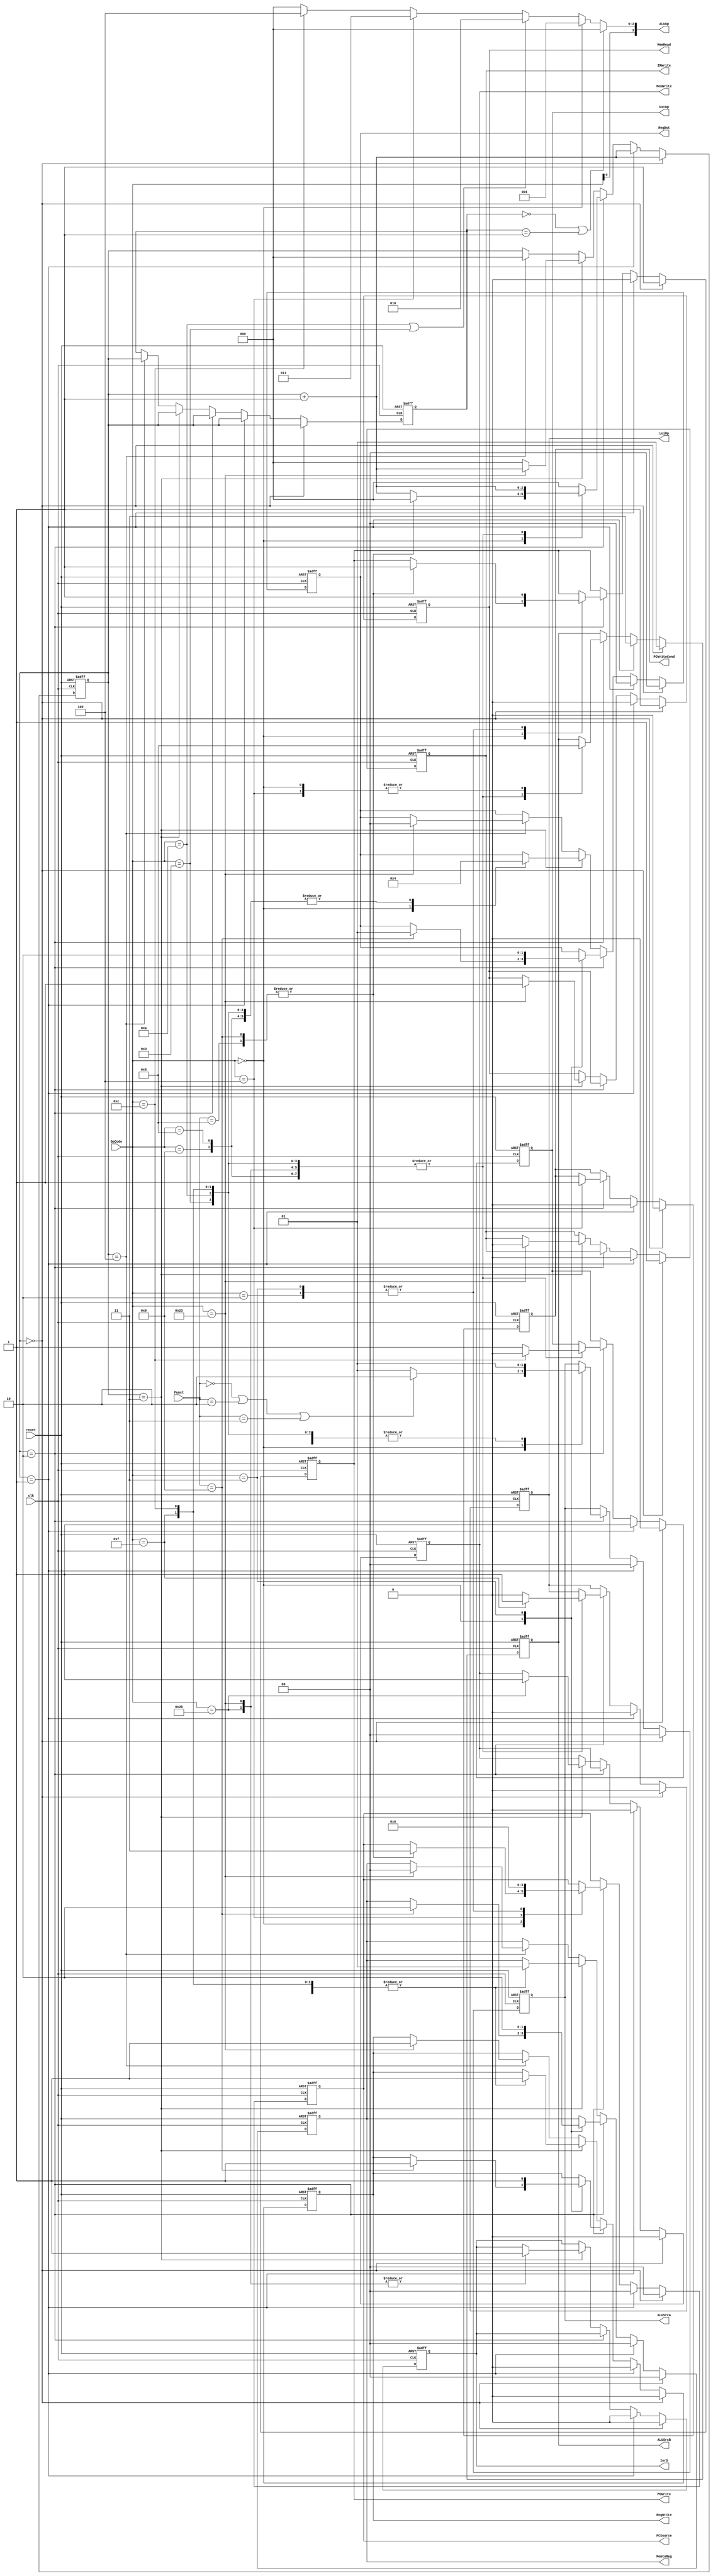
`timescale 1ns / 1ps
//////////////////////////////////////////////////////////////////////////////////
// Class: Fundamentals of Digital Logic and Processor
// Designer: Shulin Zeng, Shang Yang
// 
// Design Name: MultiCycleCPU
// Module Name: Controller
// Project Name: Multi-cycle-cpu
// Target Devices: 
// Tool Versions: 
// Description: 
// 
// Dependencies: 
// 
// Revision:
// Revision 0.01 - File Created
// Additional Comments:
// 
//////////////////////////////////////////////////////////////////////////////////


module Controller(reset, clk, OpCode, Funct, 
                PCWrite, PCWriteCond, IorD, MemWrite, MemRead,
                IRWrite, MemtoReg, RegDst, RegWrite, ExtOp, LuiOp,
                ALUSrcA, ALUSrcB, ALUOp, PCSource);
    //Input Clock Signals
    input reset;
    input clk;
    //Input Signals
    input  [5:0] OpCode;
    input  [5:0] Funct;
    //Output Control Signals
    output reg PCWrite;
    output reg PCWriteCond;
    output reg IorD;
    output reg MemWrite;
    output reg MemRead;
    output reg IRWrite;
    output reg [1:0] MemtoReg;
    output reg [1:0] RegDst;
    output reg RegWrite;
    output reg ExtOp;
    output reg LuiOp;
    output reg [1:0] ALUSrcA;
    output reg [1:0] ALUSrcB;
    output reg [3:0] ALUOp;
    output reg [1:0] PCSource;
      
     reg [2:0] state; //current state
     reg [2:0] next_state; //next_state
     parameter sIF = 3'b0 ,sID = 3'b1; 
     
    //--------------Your code below-----------------------

    always @(posedge reset or posedge clk) 
    begin
        if (reset) 
            begin
                state <= 3'b0;
                next_state <=3'b0;
                PCWrite <= 1'b0;
                PCWriteCond <= 1'b0;
                IorD <= 1'b0;
                MemWrite <= 1'b0;
                MemRead <= 1'b0;
                IRWrite <= 1'b0;
                MemtoReg <= 2'b00;
                RegDst <= 2'b0;
                RegWrite <= 1'b0;
                ExtOp <= 1'b0;
                LuiOp <= 1'b0;
                ALUSrcA <= 2'b0;
                ALUSrcB <= 2'b0;
                PCSource <=2'b0;
            end
        else
        begin
            if (next_state == sIF) 
                begin
                    
                    state <= next_state;
                    next_state <= next_state + 3'b1;
                    
                    MemRead <= 1'b1;
                    IRWrite <= 1'b1;
                    PCWrite <= 1'b1;
                    PCSource <= 2'b00;
                    ALUSrcA <= 2'b00;
                    IorD <= 1'b0;
                    ALUSrcB <= 2'b01;
        
                    PCWriteCond <= 1'b0;
                    MemWrite <= 1'b0;
                    MemtoReg <= 2'b00;
                    RegDst <= 2'b0;
                    RegWrite <= 1'b0;
                    ExtOp <= 1'b0;
                    LuiOp <= 1'b0;
                end
                
            else if (next_state == sID) 
                begin
                    state <= next_state;
                    next_state <= next_state + 3'b1;
                    ALUSrcA <= 2'b00;
                    ALUSrcB <= 2'b11;    
                    ExtOp <= 1'b1;
                    
                    PCWrite <= 1'b0;
                    PCWriteCond <= 1'b0;
                    IorD <= 1'b0;
                    MemWrite <= 1'b0;
                    MemRead <= 1'b0;
                    IRWrite <= 1'b0;
                    MemtoReg <= 2'b00;
                    RegDst <= 2'b0;
                    RegWrite <= 1'b0;
                    LuiOp <= 1'b0;
                    PCSource <=2'b0;
                end
            else if (next_state == 3'd2) 
                begin
                    state <= next_state;
                    case(OpCode)
                        6'h00: 
                            begin
                                ALUSrcA <= (Funct==6'h00 || Funct==6'h02 || Funct==6'h03 ) ? 2'b10 : 2'b01; 
                                ALUSrcB <= 2'b00;                       
                                case(Funct)
                                    6'h08:      
                                        begin
                                            PCSource <= 2'b11;
                                            PCWrite  <= 1'b1;
                                            next_state <= sIF;
                                        end
                                    6'h09:        
                                        begin
                                            PCSource <= 2'b11;
                                            PCWrite  <= 1'b1;
                                            next_state <= sIF;
                                            
                                            RegDst <= 2'b01;   
                                            MemtoReg <= 2'b10;
                                            RegWrite <= 1'b1;
                                        end
                                    default:
                                        begin
                                            next_state <= next_state + 3'b1;
                                        end
                                endcase
                            end
                        6'h23,6'h2b,6'h0f,6'h08,6'h09,6'h0c,6'h0b,6'h0a:      
                            begin
                                ALUSrcA <= 2'b01;   
                                ALUSrcB <= 2'b10;   
                                ExtOp <=((OpCode==6'h0c)? 0 : 1);      
                                LuiOp <=((OpCode==6'h0f)? 1 : 0);      
                                next_state <= next_state +3'b1;
                            end
                        6'h04: 
                            begin
                                PCWriteCond <= 1'b1;
                                ALUSrcA <= 2'b01;
                                ALUSrcB <= 2'b00;
                                PCSource <= 2'b01;
                                next_state <= sIF;
                            end
                        6'h02: 
                            begin
                                PCWrite <= 1'b1;
                                PCSource <= 2'b10;
                                next_state <= sIF;
                            end
                        6'h03: 
                            begin
                                PCWrite <= 1'b1;
                                PCSource <= 2'b10;
                                                               
                                RegDst <=  2'b10;   
                                MemtoReg <= 2'b10;
                                RegWrite <= 1'b1;
                                
                                next_state <= sIF;
                            end 
                        default: 
                            begin
                                next_state <= sIF;
                            end
                    endcase
                end
            else if (next_state == 3'd3) 
                begin
                    state<=next_state;
                    case(OpCode)
                        6'h00: 
                            begin
                                RegWrite <= 1'b1;
                                RegDst <= 2'b01;
                                MemtoReg <= 2'b01;
                                next_state <= sIF;
                            end
                        6'h2b:      
                            begin
                                MemWrite<=1'b1;
                                IorD <=1'b1;
                                next_state <= sIF;
                            end
                        6'h08,6'h09,6'h0c,6'h0b,6'h0a,6'h0f:      
                            begin
                                RegWrite <= 1'b1;
                                RegDst <= 2'b00;
                                MemtoReg <= 2'b01;
                                next_state <= sIF;
                            end
                        6'h23:      
                            begin
                                MemRead <= 1'b1;
                                IorD <= 1'b1;
                                IRWrite <=1'b0;
                                next_state <= next_state +3'b001;
                            end
                        default: 
                            begin
                                next_state <= sIF;
                            end
                    endcase
        
                end
            else if (next_state == 3'd4) 
                begin
                    state<=next_state;
                    case(OpCode)
                        6'h23: 
                            begin
                                RegWrite <= 1'b1;
                                RegDst <= 2'b00;
                                MemtoReg <= 2'b00;
                                next_state <= sIF;
                            end
                        default: 
                            begin
                                next_state <= sIF;
                            end
                    endcase
                end
         end
    end
    
    
    //--------------Your code below-----------------------
    //ALUOp
    parameter ALUOp_ADD = 3'b000;
    parameter ALUOp_NULL = 3'b001;
    parameter ALUOp_SLT = 3'b010;
    parameter ALUOp_SUB = 3'b011;
    parameter ALUOp_AND = 3'b100;

    always @(*) begin
        ALUOp[3] = OpCode[0];          // I instruction's Sign
        if (state == sIF || state == sID)   // state before ALU
            ALUOp[2:0] = ALUOp_ADD;
        else if (OpCode == 6'h00)   // OpCode = 0
            ALUOp[2:0] = ALUOp_NULL;
        else if (OpCode == 6'h0a || OpCode == 6'h0b)  // slt 
            ALUOp[2:0] = ALUOp_SLT;
        else if (OpCode == 6'h04)   // beq
            ALUOp[2:0] = ALUOp_SUB;
        else if (OpCode == 6'h0c)   // and
            ALUOp[2:0] = ALUOp_AND;
        else 
            ALUOp[2:0] = ALUOp_ADD;    // else, always "ADD" operation
    end

    //--------------Your code above-----------------------

endmodule